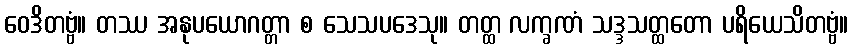
ဝေဒိတဗ္ဗံ။ တဿ အနုပယောဂတ္တာ စ သေသပဒေသု။ တတ္ထ လက္ခဏံ သဒ္ဒသတ္ထတော ပရိယေသိတဗ္ဗံ။